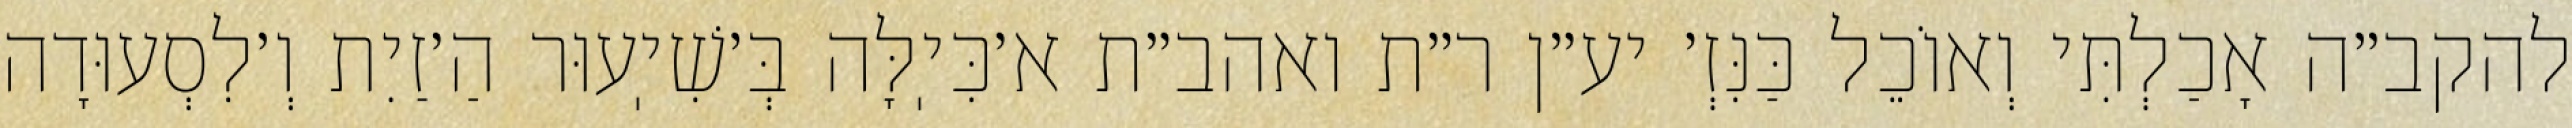
להקב״ה אָכַלְתִּי וְאוֹכֵל כַּנִּזְ׳ יע״ן ר״ת ואהב״ת א׳כִּיֽלָּה בְּ׳שִׁיֽעוּר הַ׳זַיִת וְ׳לִסְעוּדָה